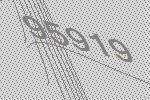
95919